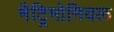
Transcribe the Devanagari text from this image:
मैट्रिमोनियल